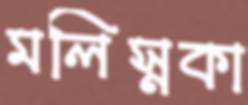
মলিস্নকা